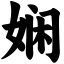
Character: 娴